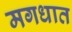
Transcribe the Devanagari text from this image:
मगधात